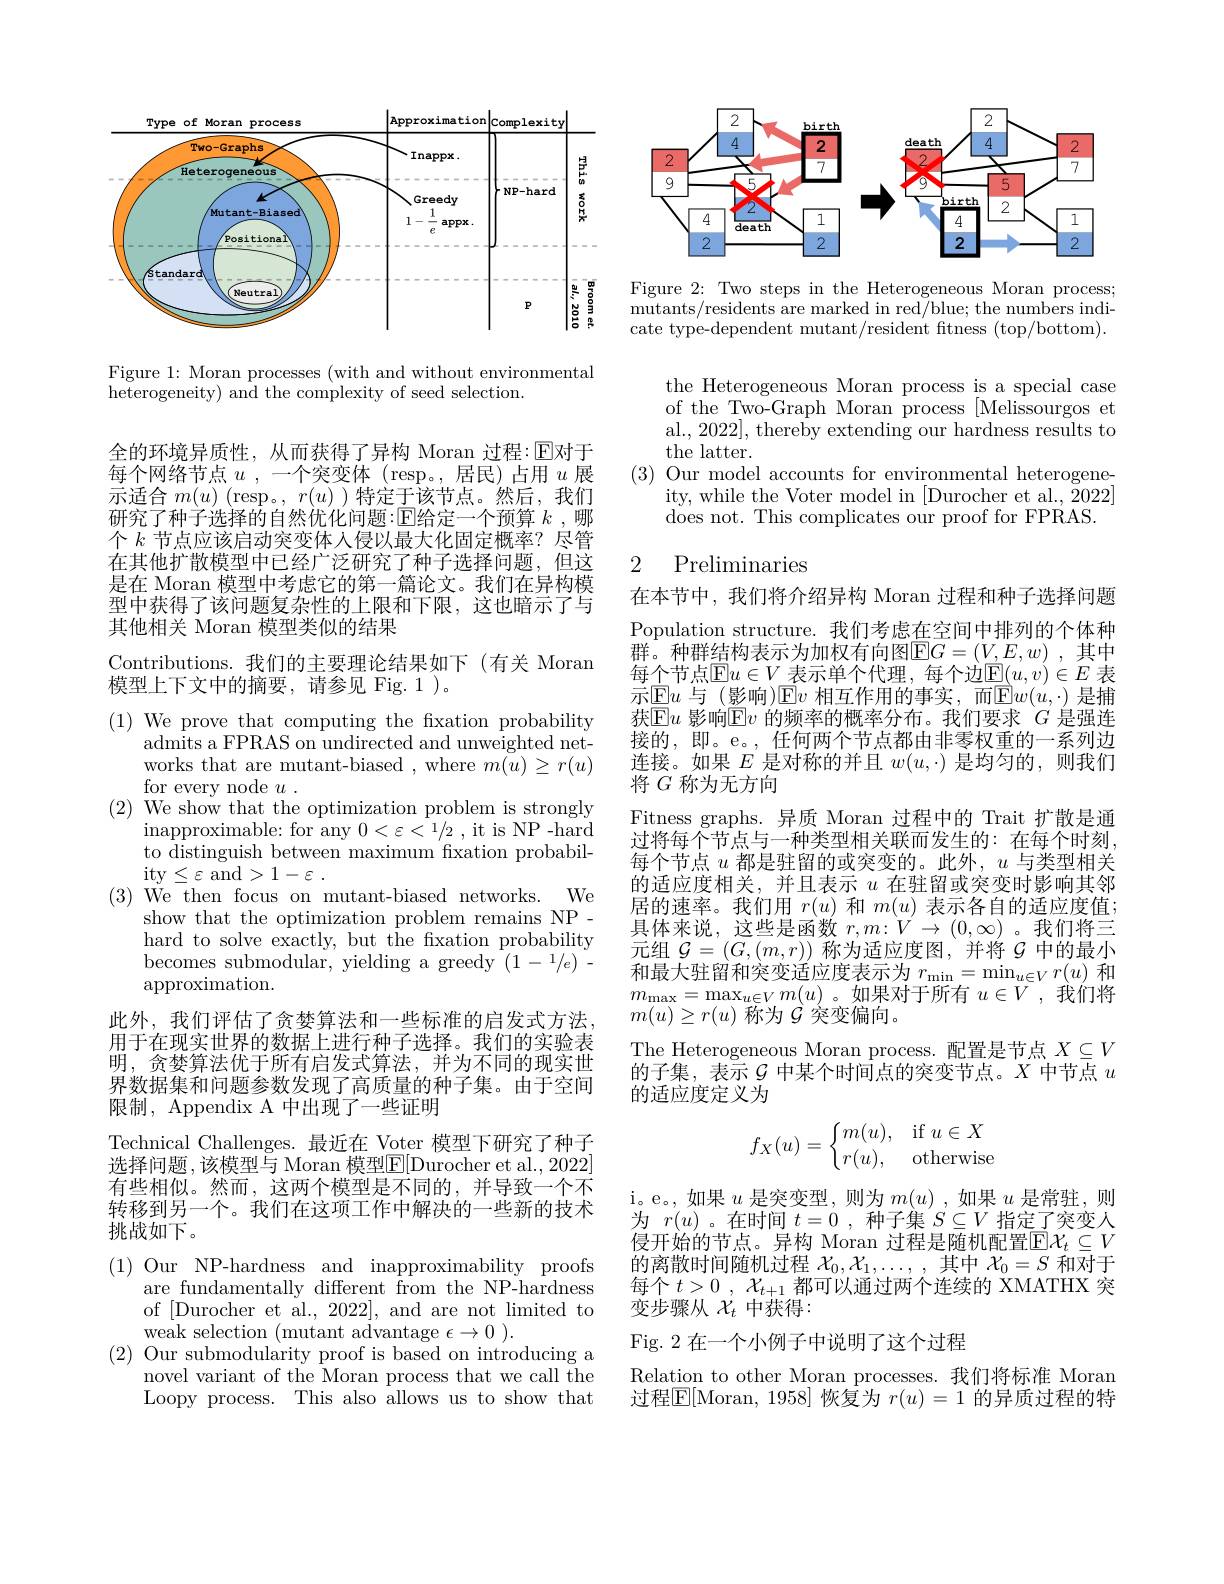
<FigureHere>

Figure 1: Moran processes (with and without environmental
heterogeneity) and the complexity of seed selection.

全的环境异质性，从而获得了异构 Moran 过程：$\operatorname{E}$对于每个网络节点$u$ ,一个突变体 (resp。,居民)占用$u$展示适合$m(u)$ (resp。, $r(u)$ )特定于该节点。然后，我们研究了种子选择的自然优化问题：E给定一个预算 $k$ ,哪个$k$节点应该启动突变体人侵以最大化固定概率？尽管在其他扩散模型中已经广泛研究了种子选择问题，但这是在 Moran 模型中考虑它的第一篇论文。我们在异构模型中获得了该问题复杂性的上限和下限，这也暗示了与其他相关 Moran 模型类似的结果

Contributions.我们的主要理论结果如下(有关 Moran
模型上下文中的摘要，请参见 Fig. 1)。
(1) We prove that computing the fixation probability
admits a FPRAS on undirected and unweighted networks that are mutant-biased , where $m(u)\geq r(u)$ for every node $u$
(2) We show that the optimization problem is strongly
$\operatorname*{inapproximable:for~any~0<\varepsilon<1/2~,~it~is~NP~-hard}$ to distinguish between maximum fxation probabil- $\operatorname{ity}\leq\varepsilon$ and$> 1- \varepsilon$ .
$(3){\mathrm{~We~then~focus~on~mutant-biased~networks.~We}}$
show that the optimization problem remains NP - hard to solve exactly, but the fxation probability becomes submodular, yielding a greedy $(1-1/e)$ approximation.
此外，我们评估了贪婪算法和一些标准的启发式方法， 用于在现实世界的数据上进行种子选择。我们的实验表明，贪婪算法优于所有启发式算法，并为不同的现实世界数据集和问题参数发现了高质量的种子集。由于空间限制，Appendix A 中出现了一些证明
Technical Challenges. 最近在 Voter 模型下研究了种子选择问题 ,该模型与 Moran 模型$\mathbb{E}[$Durocher et al., 2022] 有些相似。然而，这两个模型是不同的，并导致一个不转移到另一个。我们在这项工作中解决的一些新的技术挑战如下。
$(1){\mathrm{~Our~NP-hardness~and~inapproximability~proofs}}$
are fundamentally different from the NP-hardness of [Durocher et al., 2022], and are not limited to weak selection (mutant advantage $\epsilon \to 0$ ).
$(2){\text{ Our submodularity proof is based on introducing a}}$
novel variant of the Moran process that we call the Loopy process. This also allows us to show that

<FigureHere>

Figure 2: Two steps in the Heterogeneous Moran process; $\bar{\text{mutants}/\text{residents are marked in red/blue; the numbers indi-}}$ cate type-dependent mutant/resident ftness (top/bottom).

the Heterogeneous Moran process is a special case of the Two-Graph Moran process [Melissourgos et al., 2022], thereby extending our hardness results to the latter.
(3) Our model accounts for environmental heterogene-
ity, while the Voter model in [Durocher et al., {$\bar{2}022]$
does not. This complicates our proof for FPRAS.

## 2 Preliminaries

在本节中，我们将介绍异构 Moran 过程和种子选择问题Population structure. 我们考虑在空间中排列的个体种群。种群结构表示为加权有向图$\overline {\mathrm{E} }G= ( V, E, w)$ ,其中每个节点$\mathbb{E}u\in V$ 表示单个代理，每个边$\mathbb{E}(u,v)\in E$ 表示$\operatorname{E}u$ 与(影响)$\operatorname{E}v$ 相互作用的事实，而$\operatorname{E}w(u,\cdot)$ 是捕获$\operatorname{Eu}$ 影响$\operatorname{Ev}$ 的频率的概率分布。我们要求 $G$ 是强连接的，即。e。,任何两个节点都由非零权重的一系列边连接。如果$E$是对称的并且$w(u,\cdot)$是均匀的，则我们将$G\text{ 称为无方向}^{\prime}$
Fitness graphs. 异质 Moran 过程中的 Trait 扩散是通过将每个节点与一种类型相关联而发生的：在每个时刻， 每个节点$u$都是驻留的或突变的。此外，$u$与类型相关的适应度相关，并且表示$u$在驻留或突变时影响其邻居的速率。我们用$r(u)$和$m(u)$表示各自的适应度值； 具体来说，这些是函数$r,m:V\to(0,\infty)$ 。我们将三元组 $\mathcal{G}=\left(G,(m,r)\right)$称为适应度图，并将$\mathcal{G}$ 中的最小和最大驻留和突变适应度表示为$r_{\mathrm{min}}=\operatorname*{min}_{u\in V}r(u)$和$m_{\max}=\max_{u\in V}m(u)$。如果对于所有$u\in V$ ,我们将$m(u)\geq r(u)$ 称为$\mathcal{G}$ 突变偏向。
The Heterogeneous Moran process. 配置是节点$X\subseteq V$ 的子集，表示$\mathcal{G}$中某个时间点的突变节点。$X$中节点$u$ 的适应度定义为
$$f_X(u)=\left\{\begin{matrix}m(u),&\text{if}u\in X\\r(u),&\text{otherwise}\end{matrix}\right.$$
i。e。,如果$u$是突变型，则为$m(u)$,如果$u$是常驻，则为$r(u)$。在时间$t=0$,种子集$S\subseteq V$指定了突变人侵开始的节点。异构 Moran 过程是随机配置$\mathbb{E}\mathcal{X}_t\subseteq V$ 的离散时间随机过程$\mathcal{X}_0,\mathcal{X}_1,\ldots$,其中$\mathcal{X}_0=S$和对于每个$t> 0$ , $\mathcal{X} _{t+ 1}$都可以通过两个连续的 XMATHX 突变步骤从$\mathcal{X}_t$中获得：

Fig. 2 在一个小例子中说明了这个过程

Relation to other Moran processes. 我们将标准 Moran 过程$\mathbb{E}[$Moran, 1958] 恢复为 $r(u)=1$ 的异质过程的特